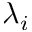
\lambda _ { i }